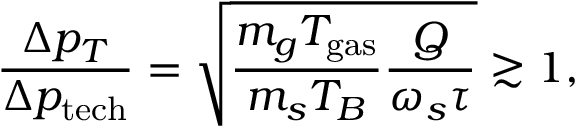
\frac { \Delta p _ { T } } { \Delta p _ { \mathrm { t e c h } } } = \sqrt { \frac { m _ { g } T _ { \mathrm { g a s } } } { m _ { s } T _ { B } } \frac { Q } { \omega _ { s } \tau } } \gtrsim 1 ,